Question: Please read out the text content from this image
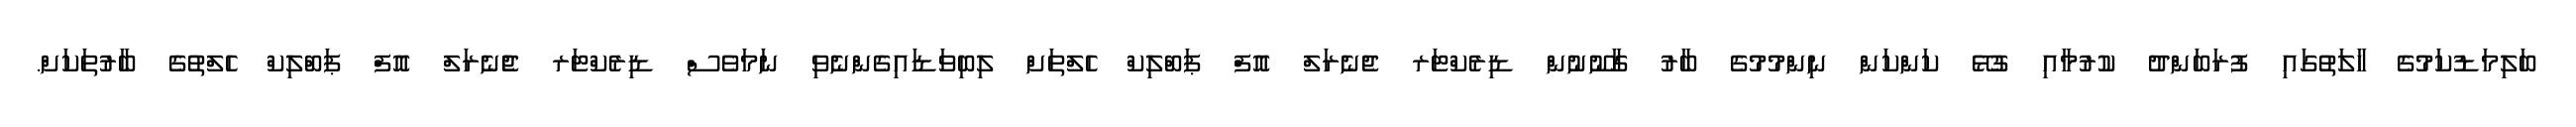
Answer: ބަލިމަޑުކަމުގެ ހާލަތުގައި ފުރަބަންދު ކުރުމާއި ގުޅޭ ކަންކަން ނިންމުމުގެ ބާރު ގާނޫނުން ޑިރެކްޓަރ ޖެނެރަލް އޮފް ޕަބްލިކް ހެލްތަށް ލިބިވަޑައިގެންނެވި ނަމަވެސް ޑިރެކްޓަރ ޖެެނެރަލް އޮފް ޕަބްލިކް ހެލްތުގެ ބާރުތަކަށް.